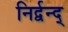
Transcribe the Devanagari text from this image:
निर्द्वन्द्